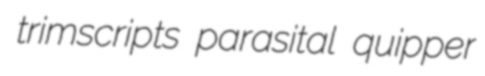
trimscripts parasital quipper